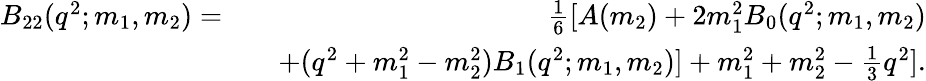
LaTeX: \begin{array}{rlr}{B_{22}(q^{2};m_{1},m_{2})=}&{}&{\frac{1}{6}[A(m_{2})+2m_{1}^{2}B_{0}(q^{2};m_{1},m_{2})}\\ &{}&{+(q^{2}+m_{1}^{2}-m_{2}^{2})B_{1}(q^{2};m_{1},m_{2})]+m_{1}^{2}+m_{2}^{2}-\frac{1}{3}q^{2}].}\end{array}